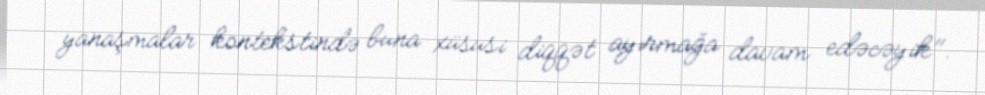
yanaşmalar kontekstində buna xüsusi diqqət ayırmağa davam edəcəyik".